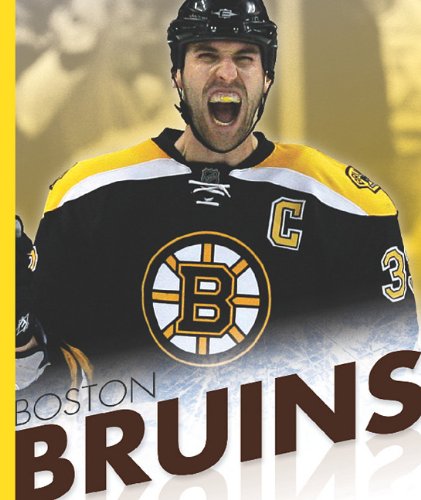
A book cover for Boston Bruins (Favorite Hockey Teams); K. C. Kelley; Children's Books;